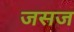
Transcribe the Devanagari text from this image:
जसज